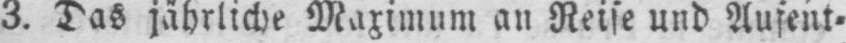
3. Das jährliche Maximum an Reise und Aufent⸗